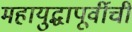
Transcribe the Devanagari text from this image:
महायुद्धापूर्वीची